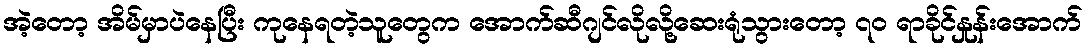
အဲ့တော့ အိမ်မှာပဲနေပြီး ကုနေရတဲ့သူတွေက အောက်ဆီဂျင်လိုလို့ဆေးရုံသွားတော့ ၇၀ ရာခိုင်နှုန်းအောက်